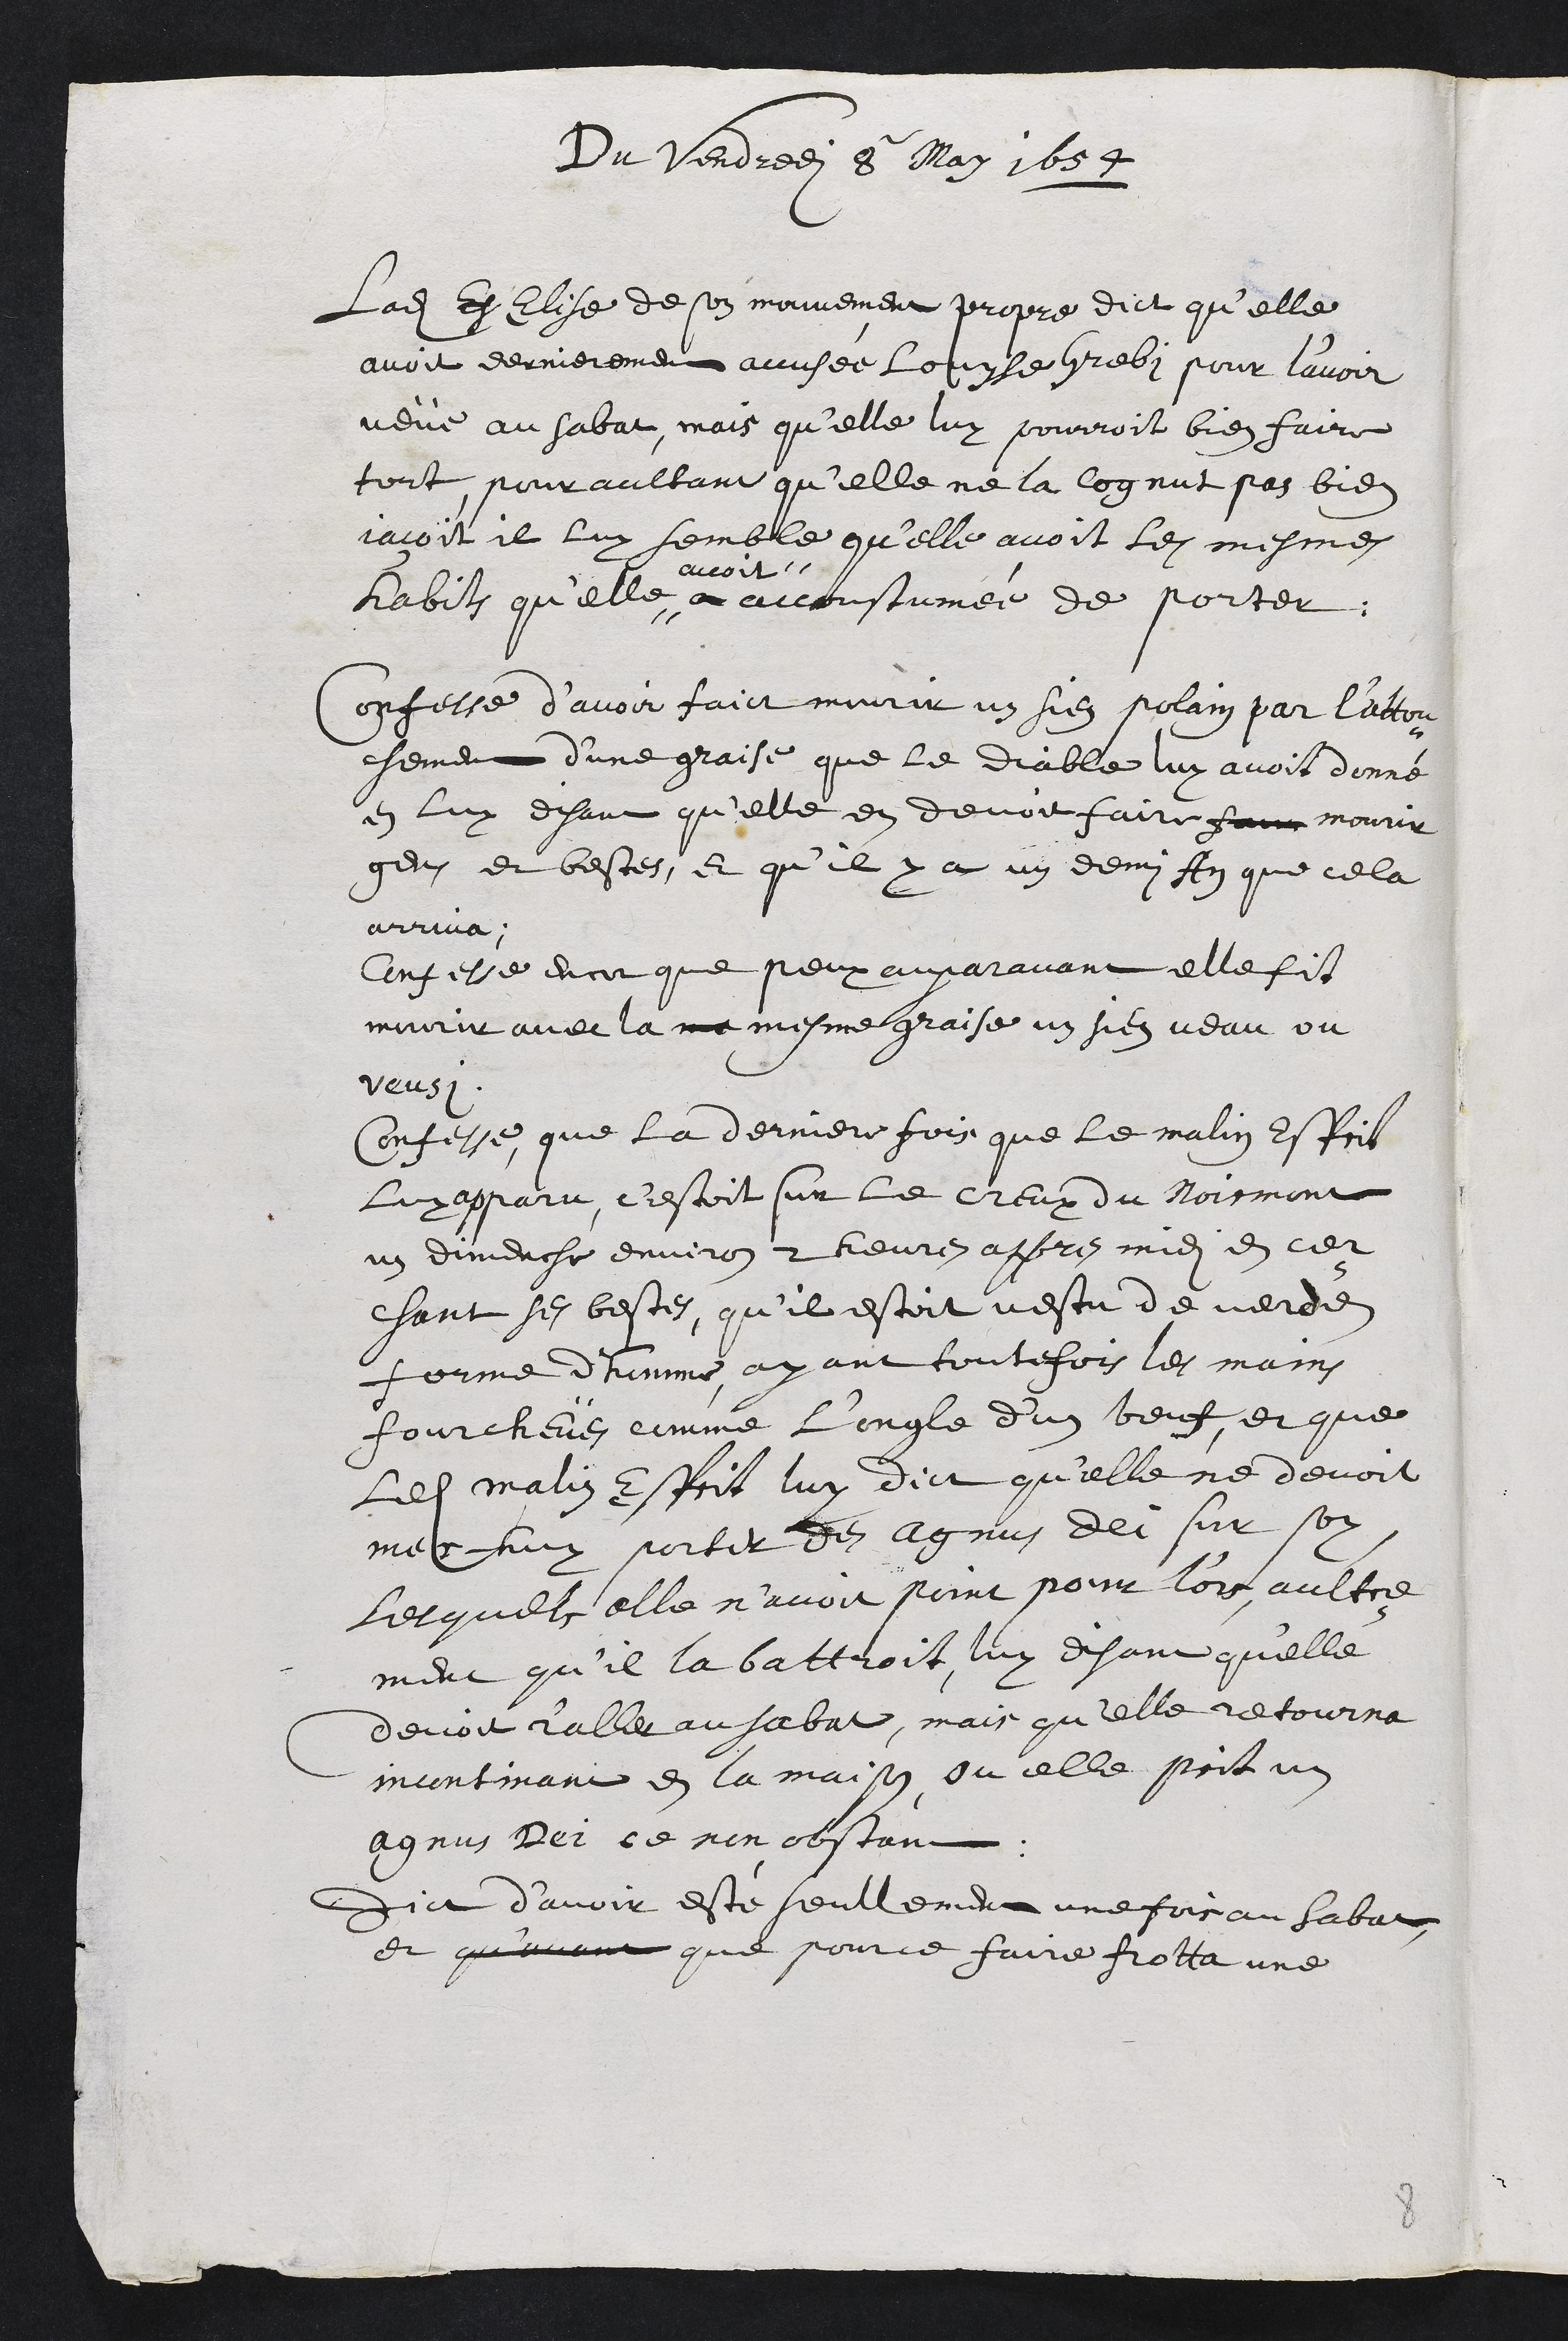
Du Vendredi 8 May 1654
Ladite Elise de son mouvement propre dict qu’elle
avoit dernierement accusée Louyse Grebi pour l'avoir
veüe au sabat, mais qu’elle luy pourroit bien faire
tort pour aultant qu'elle ne la cognut pas bien
jaçoit il luy semble qu’elle avoit les mesmes
habits qu’elle #
avoit #
accoustumée de porter.
Confesse d’avoir faict mourir un sien pollain par l’attou¬
chement d’une graisse que le diable luy avoit donné
en luy disant qu'elle en devoit faire faire mourir
gens et bestes, et qu'il y a un demy An que cela
arriva
Confesse encor que peux auparavant elle fit
mourir avec la ma mesme graisse un sien veau ou
veusi
Confesse, que la derniere fois que le malin Esprit
Luy apparu, c’estoit sur le creux du Noirmont
un dimanche environ 2 heures appres midi en cer¬
chant ses bestes, qu'il estoit vestu de verde
forme dhomme, ayant toutefois les mains
fourcheües comme l'ongle d'un beuf, et que
ledit malin Esprit luy dict qu’elle ne devoit
meshuy porter des Agnus Dei sur soy
Lesquels elle n’avoit point pour l'ors aultre¬
ment qu’il la battroit, luy disant qu'elle
devoit r'aller au sabat, mais qu'elle retourna
incontinant en la maison ou elle prit un
agnus Dei ce non obstant
Dict d’avoir esté seullement une fois au Sabat
et qu'avant que pour ce faire frotta une
8